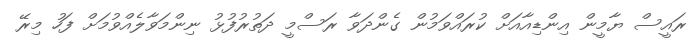
ރައީސް ޔާމީން އިންޑިއާއަށް ކުރައްވަމުން ގެންދަވާ ރަސްމީ ދަތުރުފުޅު ނިންމަވާލެއްވުމަށް ފަހު މިރޭ